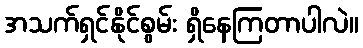
အသက်ရှင်နိုင်စွမ်း ရှိနေကြတာပါလဲ။